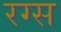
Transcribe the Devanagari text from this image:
रग्स